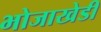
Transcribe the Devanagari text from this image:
भोजाखेडी